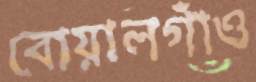
বোয়ালগাঁও